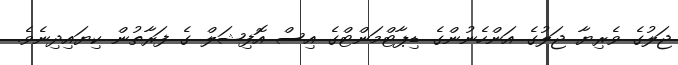
ޖަލުގެ ވެރިޔާ ޖަލުގެ އަންހެނުންގެ ޑިޕާޓްމަންޓްގެ އިސް އޮފިޝަލް ގެ ފަރާތުން ކިޔައިދިނެވެ.